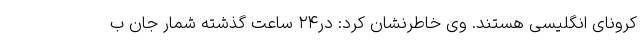
کرونای انگلیسی هستند. وی خاطرنشان کرد: در۲۴ ساعت گذشته شمار جان ب